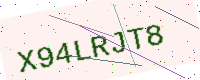
Text: X94LRJT8